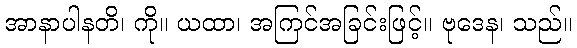
အာနာပါနတိ၊ ကို။ ယထာ၊ အကြင်အခြင်းဖြင့်။ ဗုဒေန၊ သည်။